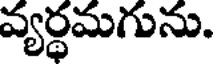
వ్యర్థమగును.